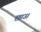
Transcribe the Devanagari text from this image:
छाउ।